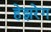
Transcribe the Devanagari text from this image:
हेझरेग